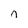
Character: n